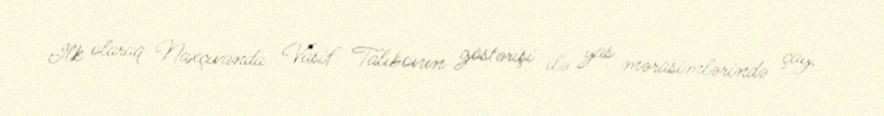
İlk olaraq Naxçıvanda Vasif Talıbovun göstərişi ilə yas mərasimlərində çay,